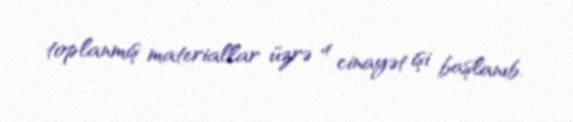
toplanmış materiallar üzrə 4 cinayət işi başlanıb.